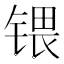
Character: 𰾚